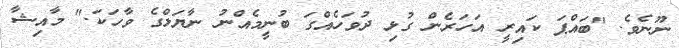
ނޫނެވެ. "ބައްޕަ ކައިރީ އަހަރެން ގުޅި ދުވަހެއްގަ ބުނީމެއްނު ނާޔަލްގެ ވާހަކަ." މާއިޝާ